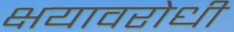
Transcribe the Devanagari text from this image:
क्षयावरोधी